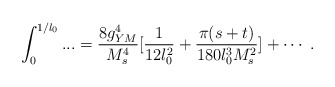
\begin{align*}\int_{0}^{1/l_0}...={8 g_{YM}^4 \over M_s^4}[{{1}\over{12l_0^2}}+{\pi (s+t) \over 180 l_0^3M_s^2}] + \cdots \ .\end{align*}